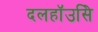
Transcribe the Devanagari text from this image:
दलहॉउसिे